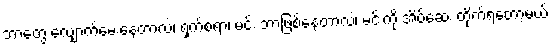
ဘာတွေ လျှောက်မေးနေတာလဲ၊ ရှက်စရာ၊ မင်း ဘာဖြစ်နေတာလဲ၊ မင်းကို အိပ်ဆေး တိုက်ရတော့မယ်